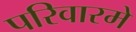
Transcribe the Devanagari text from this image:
परिवारमे